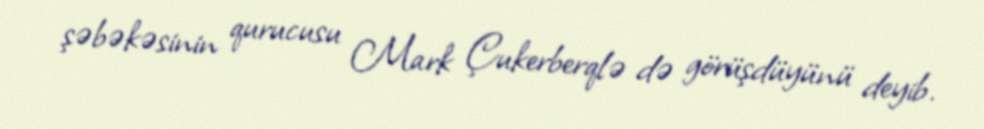
şəbəkəsinin qurucusu Mark Çukerberqlə də görüşdüyünü deyib.